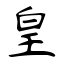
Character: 皇